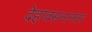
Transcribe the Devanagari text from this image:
देहावसनानंतर